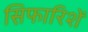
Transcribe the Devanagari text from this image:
स़िफारिशें